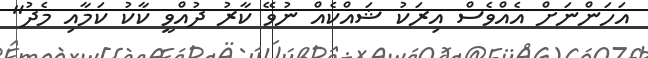
އަހަންނަށް އެއްވެސް އިރަކު ޝައްކެއް ނުވޭ ކާރު ދުއްވީ ކާކު ކަމާއި މެދު"